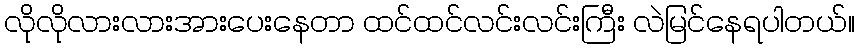
လိုလိုလားလားအားပေးနေတာ ထင်ထင်လင်းလင်းကြီး လဲမြင်နေရပါတယ်။